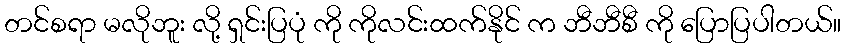
တင်စရာ မလိုဘူး လို့ ရှင်းပြပုံ ကို ကိုလင်းထက်နိုင် က ဘီဘီစီ ကို ပြောပြပါတယ်။